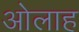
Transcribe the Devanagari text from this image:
ओलाह